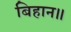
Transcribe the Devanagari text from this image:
बिहान॥